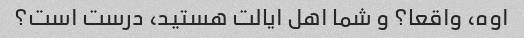
اوه، واقعا؟ و شما اهل ایالت هستید، درست است؟